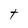
Character: t